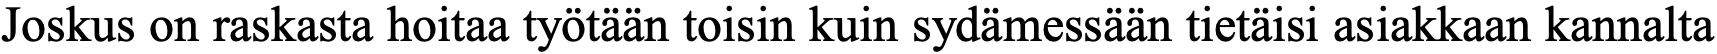
Joskus on raskasta hoitaa työtään toisin kuin sydämessään tietäisi asiakkaan kannalta